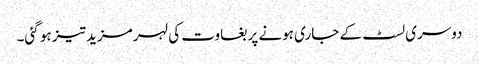
دوسری لسٹ کے جاری ہونے پر بغاوت کی لہر مزید تیز ہو گئی۔